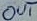
Text: out